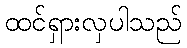
ထင်ရှားလှပါသည်